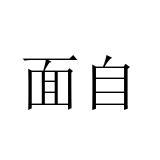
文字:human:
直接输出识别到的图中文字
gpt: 面自